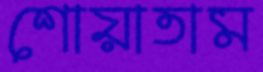
শোয়াতাম